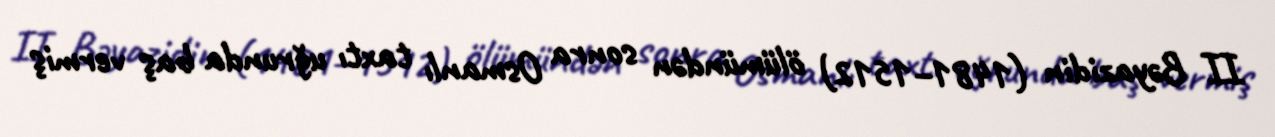
II Bəyazidin (1481–1512) ölümündən sonra Osmanlı taxtı uğrunda baş vermiş